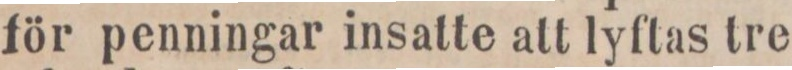
för penningar insatte att lyftas tre